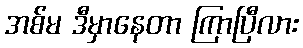
အစ်မ ဒီမှာနေတာ ကြာပြီလား